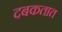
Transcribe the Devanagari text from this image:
दबकतात